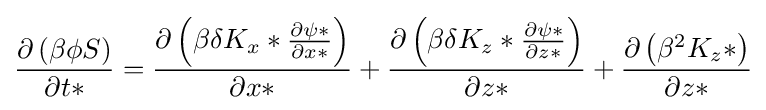
{\frac {\partial \left(\beta \phi S\right)}{\partial t*}}={\frac {\partial \left(\beta \delta K_{x}*{\frac {\partial \psi *}{\partial x*}}\right)}{\partial x*}}+{\frac {\partial \left(\beta \delta K_{z}*{\frac {\partial \psi *}{\partial z*}}\right)}{\partial z*}}+{\frac {\partial \left({\beta }^{2}K_{z}*\right)}{\partial z*}}